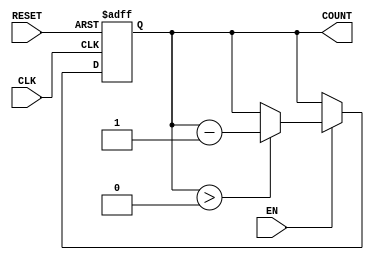
module decremental_counter (
    input wire CLK,          // Clock signal
    input wire RESET,        // Asynchronous reset signal
    input wire EN,          // Enable signal
    output reg [3:0] COUNT  // 4-bit counter output
);

// Parameter for initial value (can be modified as necessary)
parameter INITIAL_VALUE = 4'b1111; // Example initial value (15)

// Asynchronous reset and decrement logic
always @(posedge CLK or posedge RESET) begin
    if (RESET) begin
        COUNT <= INITIAL_VALUE; // Load initial value on reset
    end else if (EN) begin
        if (COUNT > 0) begin
            COUNT <= COUNT - 1; // Decrement the counter if not zero
        end
        // If COUNT is 0, do nothing (hold at zero)
    end
end

endmodule